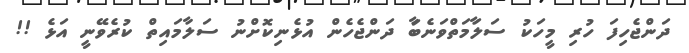
ދަންޖެހިފަ ހުރި މީހަކު ސަލާަމަތްވަަނެބަާަ ދަންޖެހެން އުޅެނިކޮޮޮޮށްނު ސަލާމައިތް ކުރެވޭނީ އަޅެ !!